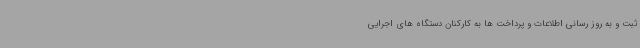
ثبت و به روز رسانی اطلاعات و پرداخت ها به کارکنان دستگاه های اجرایی